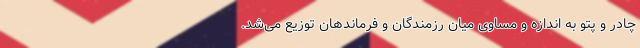
چادر و پتو به اندازه و مساوی میان رزمندگان و فرماندهان توزیع می‌شد.